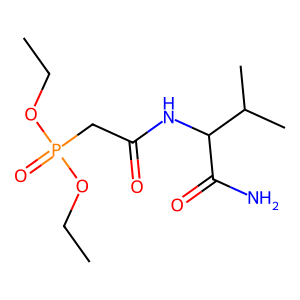
SMILES: CCOP(=O)(CC(=O)NC(C(N)=O)C(C)C)OCC
Inhibits HIV replication: No